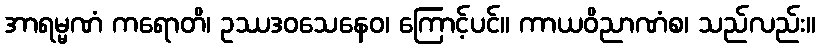
အာရမ္မဏံ ကရောတိ၊ ဥဿဒဝသေနေဝ၊ ကြောင့်ပင်။ ကာယဝိညာဏံစ၊ သည်လည်း။